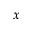
x